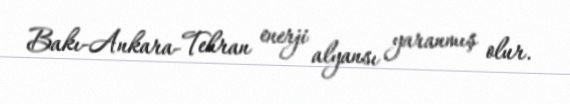
Bakı-Ankara-Tehran enerji alyansı yaranmış olur.